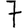
Digit: 7